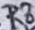
Text: R8